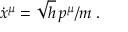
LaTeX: \dot { x } ^ { \mu } = \sqrt { h } \, p ^ { \mu } / m \; .